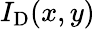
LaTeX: I_{\mathrm{D}}(x,y)